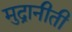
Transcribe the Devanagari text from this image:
मुद्रानीती